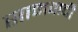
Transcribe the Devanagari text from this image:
सामवादी